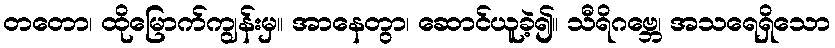
တတော၊ ထိုမြောက်ကျွန်းမှ။ အာနေတွာ၊ ဆောင်ယူခဲ့၍။ သီရိဂဗ္ဘေ၊ အသရေရှိသော